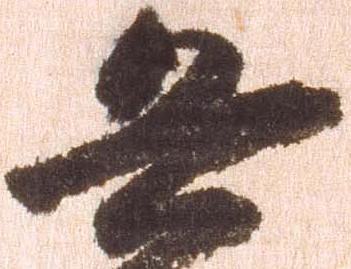
兵